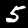
Digit: 5